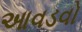
આવડવો